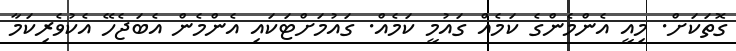
ގޮތަކަށް. މިއީ އެންމެންގެ ކަމެއް ގައުމީ ކަމެއް. ގައުމަށްޓަކައި އެންމެން އެބަޖެހޭ އެކުވެރިކަމާ